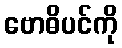
ဗောဓိပင်ကို